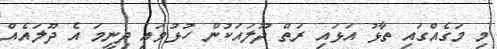
މި މަގެއްގައި ތާޅު އަޅައި ރަތް ދޫލައަކުން ހުޅުވައި ދިނީމަ އެ ދޫލައެއް